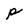
Character: p